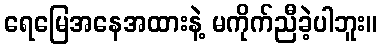
ရေမြေအနေအထားနဲ့ မကိုက်ညီခဲ့ပါဘူး။